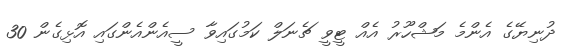
ދުނިޔޭގެ އެންމެ މަޝްހޫރު އެއް ޓީވީ ޗެނަލް ކަމުގައިވާ ސީއެންއެންގައި އޮޅިގެން 30